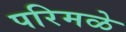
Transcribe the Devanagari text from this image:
परिमळे